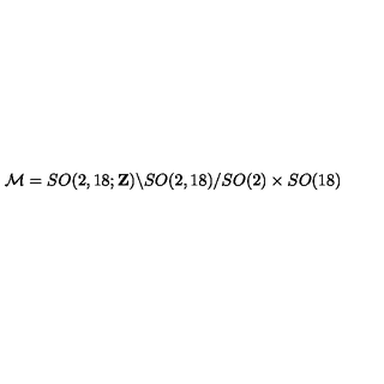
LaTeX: { \cal M } = S O ( 2 , 1 8 ; { \bf Z } ) \backslash S O ( 2 , 1 8 ) / S O ( 2 ) \times S O ( 1 8 )